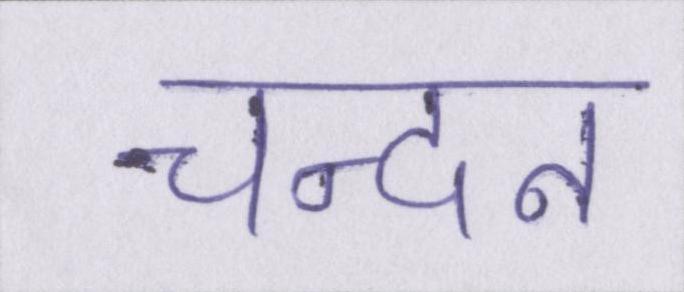
चन्दन